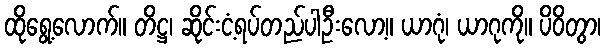
ထိုရွေ့လောက်။ တိဋ္ဌ၊ ဆိုင်းငံ့ရပ်တည်ပါဦးလော့။ ယာဂုံ၊ ယာဂုကို။ ပိဝိတွာ၊